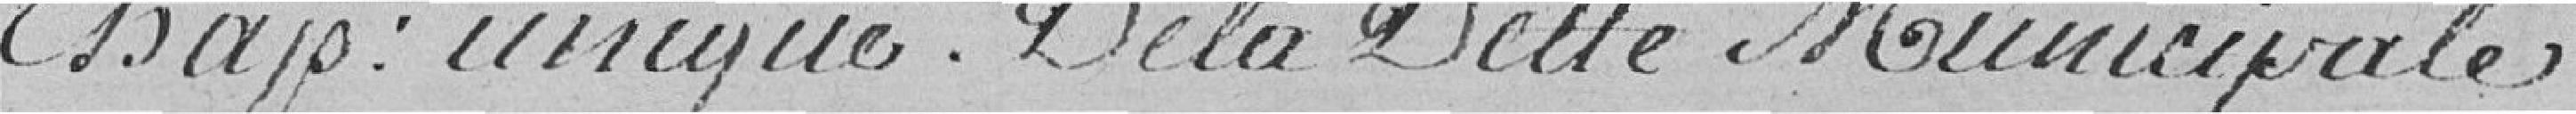
Bap : unique. De la dette Municipale.